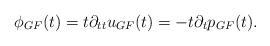
LaTeX: \begin{align*}\phi_{GF}(t) = t \partial_{tt} u_{GF}(t) = - t \partial_t p_{GF}(t).\end{align*}